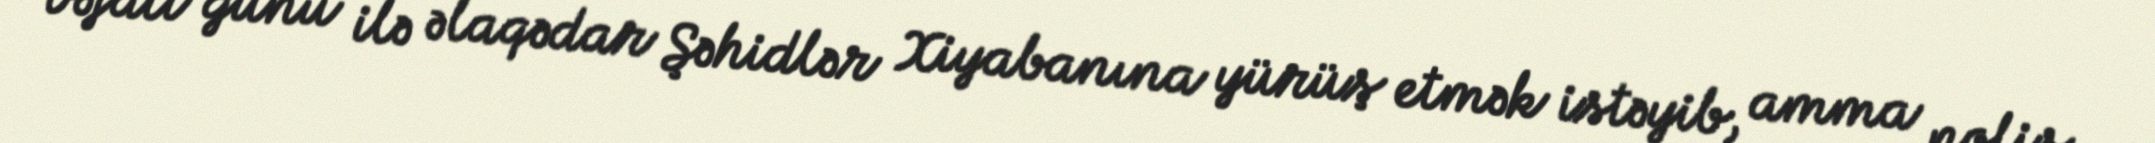
vəfatı günü ilə əlaqədar Şəhidlər Xiyabanına yürüş etmək istəyib, amma polis